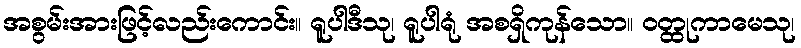
အစွမ်းအားဖြင့်လည်းကောင်း။ ရူပါဒီသု၊ ရူပါရုံ အစရှိကုန်သော။ ဝတ္ထုကာမေသု၊